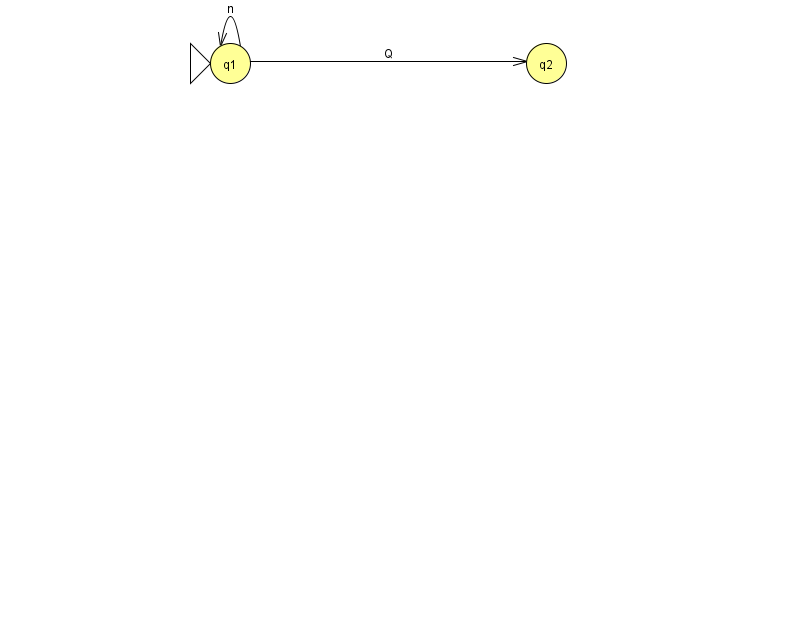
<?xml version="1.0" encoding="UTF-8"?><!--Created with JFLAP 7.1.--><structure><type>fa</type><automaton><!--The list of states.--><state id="0" name="q0"><x>966.0</x><y>50.0</y><final/></state><state id="1" name="q1"><x>230.0</x><y>50.0</y><initial/></state><state id="2" name="q2"><x>546.0</x><y>50.0</y></state><!--The list of transitions.--><transition><from>0</from><to>0</to><read>D</read></transition><transition><from>1</from><to>1</to><read>n</read></transition><transition><from>1</from><to>2</to><read>Q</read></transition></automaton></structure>